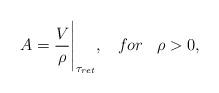
LaTeX: \begin{align*} A=\frac{V}{\rho}{\Bigg|}_{{\tau}_{ret}},\;\;\;for\;\;\;\rho>0,\end{align*}